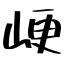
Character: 峺